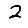
Digit: 2